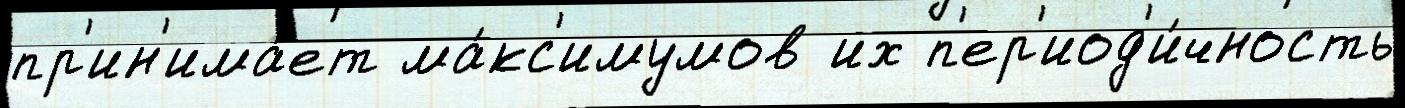
пр'ин'има́ет ма́кс'имумов их п'ер'иод'и́чность